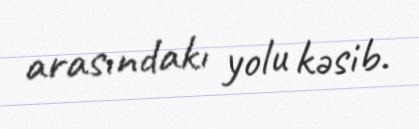
arasındakı yolu kəsib.